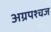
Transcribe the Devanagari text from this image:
अग्रपश्चज